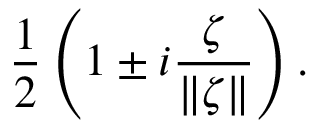
{ \frac { 1 } { 2 } } \left( 1 \pm i { \frac { \zeta } { \| \zeta \| } } \right) .